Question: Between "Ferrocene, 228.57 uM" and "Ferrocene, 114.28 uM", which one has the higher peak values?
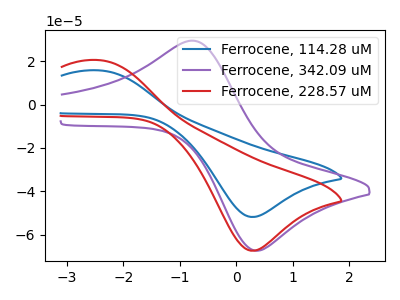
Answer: <think>The blue curve "Ferrocene, 114.28 uM" has an anodic peak at (-2.45V, 15.75uA) and a cathodic peak at (0.30V, -51.80uA). The purple curve "Ferrocene, 342.09 uM" has an anodic peak at (-0.75V, 29.40uA) and a cathodic peak at (0.35V, -67.35uA). The red curve "Ferrocene, 228.57 uM" has an anodic peak at (-2.45V, 20.50uA) and a cathodic peak at (0.30V, -67.35uA).</think>
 <answer>Every peak in "Ferrocene, 228.57 uM" is higher than every peak in "Ferrocene, 114.28 uM".</answer>
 <eval>higher</eval>